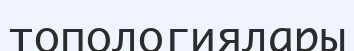
топологиялары